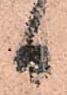
日